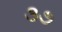
૩૭